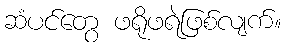
ဆံပင်တွေ ဖရိုဖရဲဖြစ်လျက်။